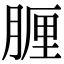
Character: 𦝟